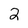
Character: 2